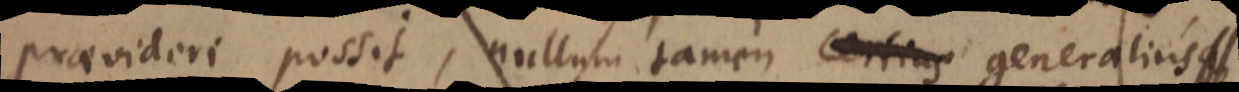
praevideri possit, nullum tamen certius generalius